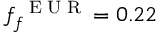
f _ { f } ^ { \mathrm { ~ \tiny ~ E ~ U ~ R ~ } } = 0 . 2 2